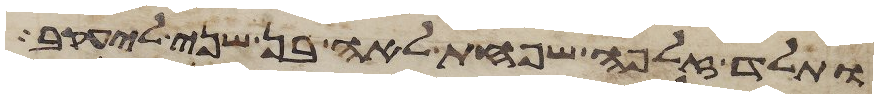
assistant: ותלד זלפה שפחת לאה בן שני ליעקב